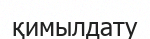
қимылдату